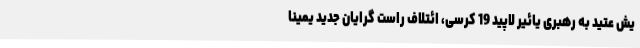
یش عتید به رهبری یائیر لاپید 19 کرسی، ائتلاف راست گرایان جدید یمینا